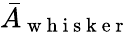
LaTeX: \bar{A}_{\mathrm{~w~h~i~s~k~e~r~}}